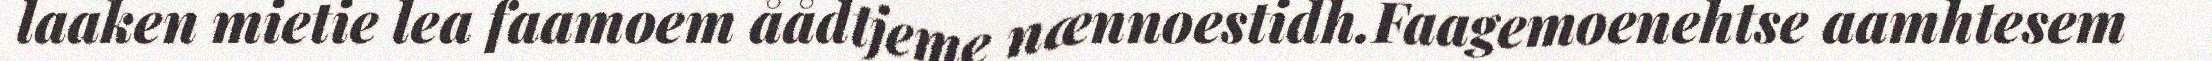
laaken mietie lea faamoem åådtjeme nænnoestidh.Faagemoenehtse aamhtesem